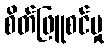
စိတ်ဖြူစင်မှု